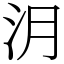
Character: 㳉